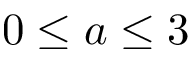
0 \leq a \leq 3